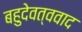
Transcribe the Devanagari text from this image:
बहुदेवत्ववाद